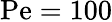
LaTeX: \mathrm{Pe}=100